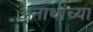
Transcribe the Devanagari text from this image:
अनाथांच्या